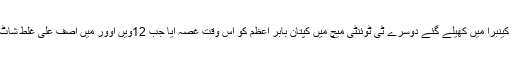
پاکستان اور آسٹریلیا کے درمیان کینبرا میں کھیلے گئے دوسرے ٹی ٹوئنٹی میچ میں کپتان بابر اعظم کو اس وقت غصہ آیا جب 12ویں اوور میں آصف علی غلط شاٹ کھیل کر اپنی وکٹ گنوا بیٹھے۔